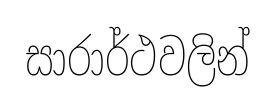
සාරාර්ථවලින්